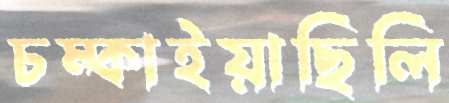
চম্‌কাইয়াছিলি